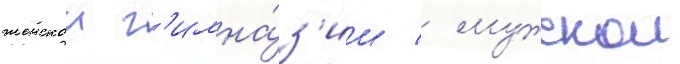
женскои г'имна́з'ии / мужскои